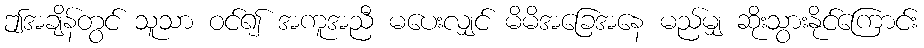
ဤအချိန်တွင် သူသာ ဝင်၍ အကူအညီ မပေးလျှင် မိမိအခြေအနေ မည်မျှ ဆိုးသွားနိုင်ကြောင်း